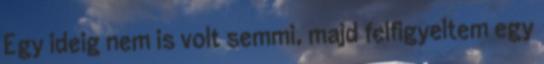
Egy ideig nem is volt semmi, majd felfigyeltem egy